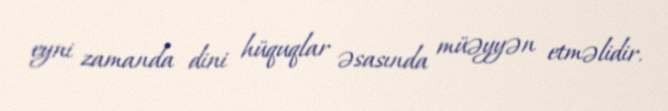
eyni zamanda dini hüquqlar əsasında müəyyən etməlidir.